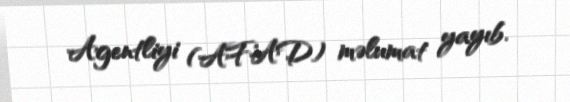
Agentliyi (AFAD) məlumat yayıb.